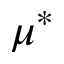
\mu ^ { * }